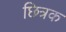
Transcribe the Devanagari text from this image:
छित्रक